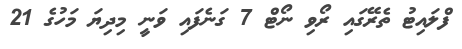
ފްލައިޓު ތެރޭގައި ރޯވި ނޯޓް 7 ގަނެފައި ވަނީ މިދިޔަ މަހުގެ 21